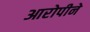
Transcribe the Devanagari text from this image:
आरोपीने